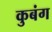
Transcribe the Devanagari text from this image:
कुबंग